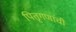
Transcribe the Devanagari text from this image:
पितृगणांची